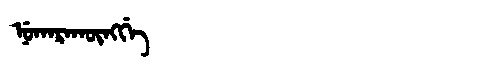
Manchu: ᠨᡠᡴᠠᡵᠠᡴᡡᠩᡤᡝ
Romanization: NUKARAKŪNGGE